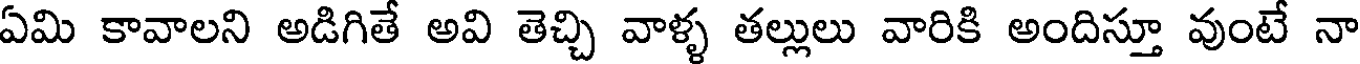
ఏమి కావాలని అడిగితే అవి తెచ్చి వాళ్ళ తల్లులు వారికి అందిస్తూ వుంటే నా